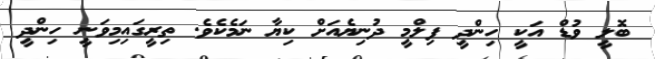
ބޮލީ ވުޑް އަކީ ހިންދީ ފިލްމީ ދުނިޔެއަށް ކިޔާ ނަމެކެވެ. ތިރީގައިމިވަނީ ހިންދީ